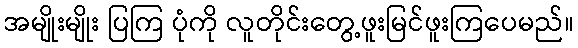
အမျိုးမျိုး ပြကြ ပုံကို လူတိုင်းတွေ့ဖူးမြင်ဖူးကြပေမည်။